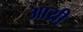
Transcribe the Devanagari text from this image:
आय़ी